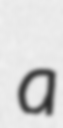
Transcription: a